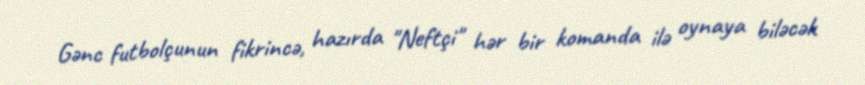
Gənc futbolçunun fikrincə, hazırda "Neftçi" hər bir komanda ilə oynaya biləcək